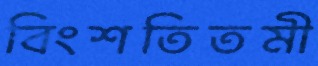
বিংশতিতমী